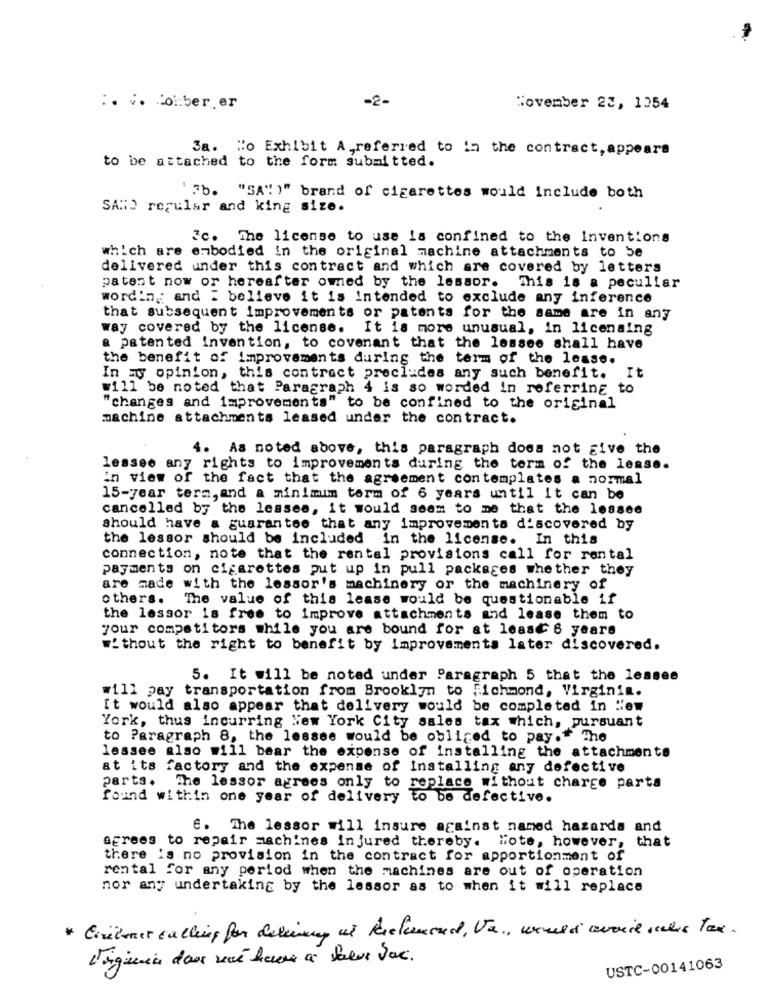
-2-
:. v. Comber. er
November 23, 1254
Sa. Ho Exhibit A,referred to in the contract, appears
to be attached to the form submitted.
"SA" )" brand of cigarettes would include both
SANS regular and king size.
Fc. The license to use la confined to the Inventions
which are enbodied in the original machine attachments to be
delivered under this contract and which are covered by letters
patent now or hereafter owned by the lessor. This is a peculiar
wordin ,; and : believe it is Intended to exclude any inference
that subsequent Improvements or patents for the same are in any
way covered by the license.
It is more unusual, in licensing
a patented invention, to covenant that the lessee shall have
the benefit of Improvements during the term of the lease.
In my opinion, this contract precludes any such benefit. It
will be noted that Paragraph 4 is so worded in referring to
"changes and improvements" to be confined to the original
machine attachments leased under the contract.
4. As noted above, this paragraph does not give the
lessee any rights to improvements during the term of the lease.
in view of the fact that the agreement contemplates a normal
15-year term, and a minimum torm of 6 years until it can be
cancelled by the lessee, it would seem to me that the lessee
should have a guarantee that any improvementa discovered by
the lessor should be included in the license. In this
connection, note that the rental provisions call for rental
payments on cigarettes put up in pull packages whether they
are made with the lessor's machinery or the machinery of
others. The value of this lease would be questionable if
the lessor is free to improve attachments and lease them to
your competitors while you are bound for at least 6 years
without the right to benefit by improvements later discovered.
5. It will be noted under Paragraph 5 that the lessee
will pay transportation from Brooklyn to Richmond, Virginia.
It would also appear that delivery would be completed in New
York, thus incurring New York City sales tax which, pursuant
to Paragraph 8, the lessee would be obliged to pay." The
lessee also will bear the expense of installing the attachments
at its factory and the expense of Installing any defective
Parts.
The lessor agrees only to replace without charge parts
found within one year of delivery to be defective.
€. The lessor will insure against named hazards and
agrees to repair machines injured thereby. Hote, however, that
there is no provision in the contract for apportionment of
rental for any period when the machines are out of operation
nor any undertaking by the lessor as to when it will replace
* Liulmer calling for delimp us Richmond, Va ., would avoid sales Tax.
USTC-00141063